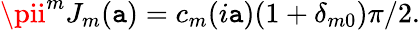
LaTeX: \pii^{m}J_{m}(\mathtt{a})=c_{m}(i\mathtt{a})(1+\delta_{m0})\pi/2.